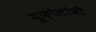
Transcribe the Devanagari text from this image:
यूफ़ोलॉजी